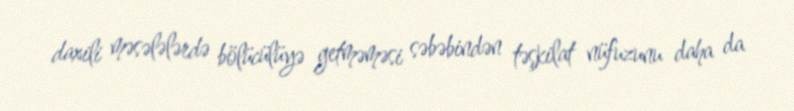
daxili məsələlərdə bölücülüyə getməməsi səbəbindən təşkilat nüfuzunu daha da